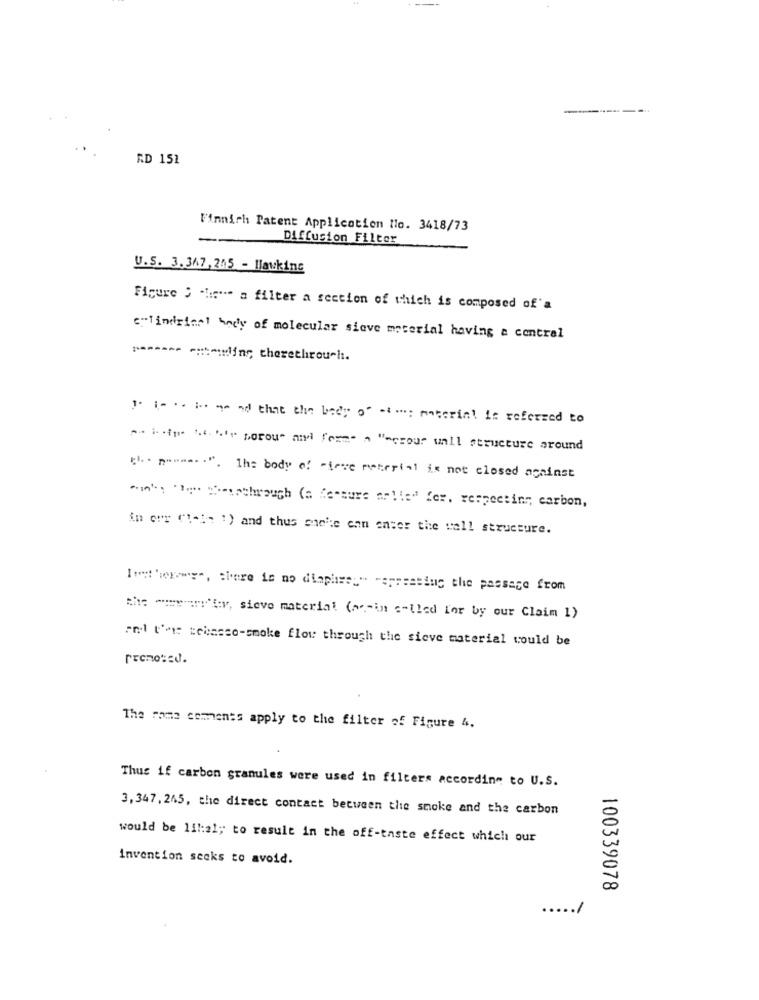
-----
RD 151
Finnich Patent Application No. 3418/73
Diffusion Filter
U.S. 3.347, 245 - Hawking
Figure S -hirte a filter a section of which is composed of'a
c"lindetest body of molecular sieve material having a central
....== === dling; therethirou-i.
1. I. .. .. and that the body of cio: material is referred to
.. .. "" porou" and frem" a "-crour wall structure around
". "". 1h= body of "i've material is not closed against
^w', "" sheisthrough (a fessure arlie" fer. respecting, carbon,
in our (1-in ') and thus she's enn anser the wall structure.
Inst hex"y", there is no diaphissu" -spressing the passage from
the wwwanty, sieve material (mesin called for by our Claim 1)
pol t'ai soinsso-smoke flow through the sieve material would be
The roma comments apply to the filter of Figure 4.
Thus if carbon granules were used in filters according to U.S.
3,347, 245, the direct contact between the smoke and the carbon
would be 11 !: 21; to result in the off-taste effect which our
invention seeks to avoid.
100339078
..
...